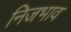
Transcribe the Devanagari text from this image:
निजभाव